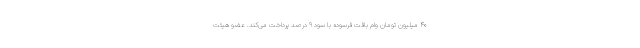
۴۰ میلیون تومان وام بافت فرسوده با سود ۹ درصد پرداخت می‌کند. عضو هیئت